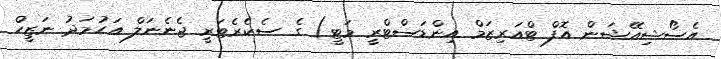
އެސޯޝިއޭޝަން އޮފް ޓްއަރިޒަމް އިންޑަސްޓްރީ މަޓީ) ގެ ސެކެރެޓަރީ ޖެނެނަލް އަހުމަދު ނަޒީހް